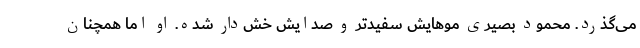
می‌گذرد. محمود بصیری موهایش سفیدتر و صدایش خش‌دار شده. او اما همچنان